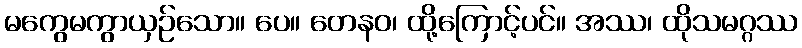
မကွေမကွာယှဉ်သော။ ပေ။ တေနဝ၊ ထို့ကြောင့်ပင်။ အဿ၊ ထိုသမဂ္ဂဿ